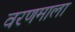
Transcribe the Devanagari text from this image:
वरणमाला